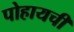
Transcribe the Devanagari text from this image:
पोहायची